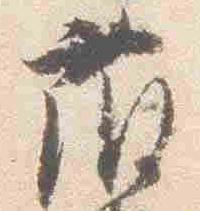
藤